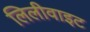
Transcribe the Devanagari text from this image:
लिलीवाइट